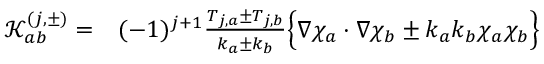
\begin{array} { r l } { \mathcal { K } _ { a b } ^ { ( j , \pm ) } = } & { { } ( - 1 ) ^ { j + 1 } \frac { T _ { j , a } \pm T _ { j , b } } { k _ { a } \pm k _ { b } } \Bigl \{ \nabla \chi _ { a } \cdot \nabla \chi _ { b } \pm k _ { a } k _ { b } \chi _ { a } \chi _ { b } \Bigl \} } \end{array}